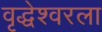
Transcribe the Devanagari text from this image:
वृद्धेश्वरला